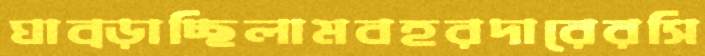
ঘাব্‌ড়াচ্ছিলামবহরদারেরসি